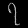
Digit: ၇